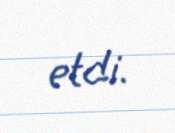
etdi.